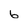
Character: 6